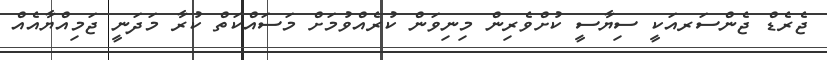
ޖެރެޑް ޖެންސަރއަކީ ސިޔާސީ ކުށްވެރިން މިނިވަން ކުރެއްވުމަށް މަސައްކަތް ކުރާ މަދަނީ ޖަމިއްޔާއެއް